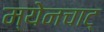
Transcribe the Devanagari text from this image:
म्येनचाट्